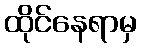
ထိုင်နေရာမှ